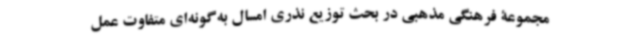
مجموعۀ فرهنگی مذهبی در بحث توزیع نذری امسال به‌گونه‌ای متفاوت عمل